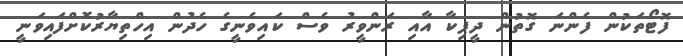
ފޮޓޯތަކުން ފެންނަ ގޮތުން ދީޕިކާ އާއި ރަންވީރު ވެސް ކައިވެނީގެ ހެދުން އިހްތިޔާރުކޮށްފައިވަނީ